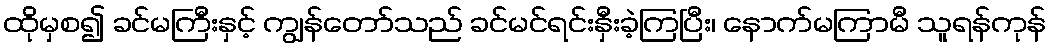
ထိုမှစ၍ ခင်မကြီးနှင့် ကျွန်တော်သည် ခင်မင်ရင်းနှီးခဲ့ကြပြီး၊ နောက်မကြာမီ သူရန်ကုန်